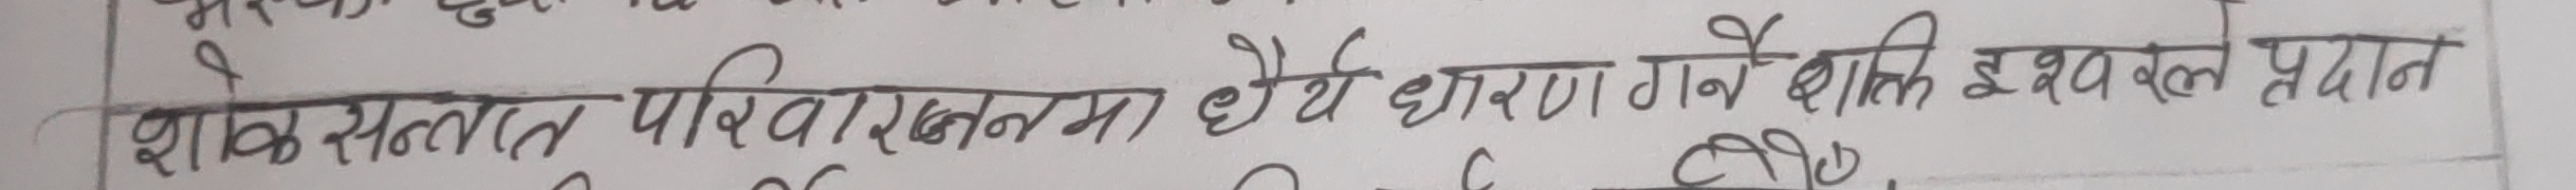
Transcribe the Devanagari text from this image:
शास सतत् परिवर्तनमा धैर्य धारण गर्ने शकि ईश्वरले प्रदान